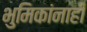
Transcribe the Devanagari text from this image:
भुमिकांनाही